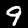
Label: 9